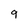
Character: 9